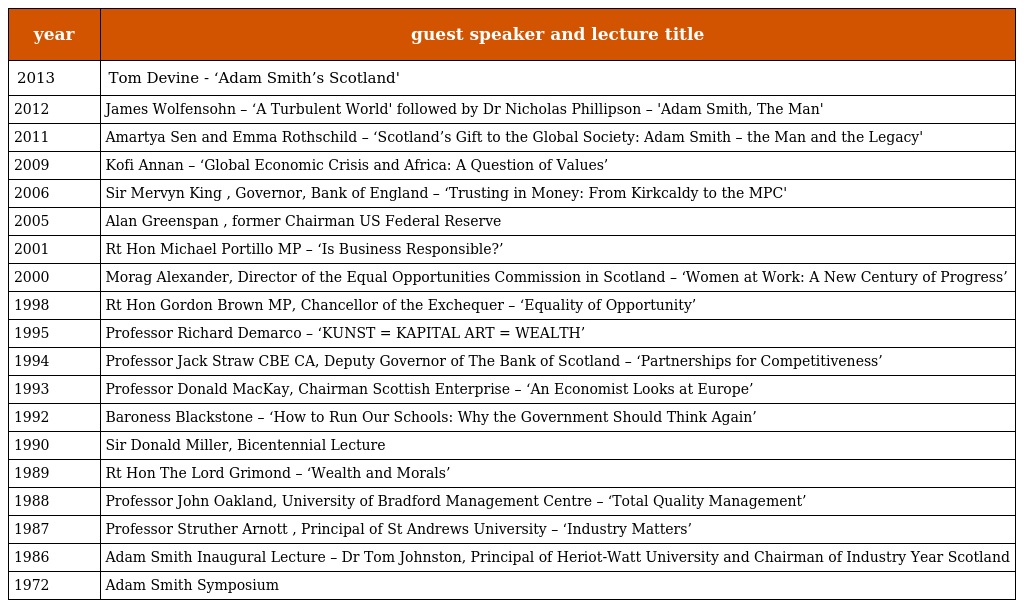
| year | guest speaker and lecture title |
 | --- | --- |
 | 2013 | Tom Devine - ‘Adam Smith’s Scotland' |
 | 2012 | James Wolfensohn – ‘A Turbulent World' followed by Dr Nicholas Phillipson – 'Adam Smith, The Man' |
 | 2011 | Amartya Sen and Emma Rothschild – ‘Scotland’s Gift to the Global Society: Adam Smith – the Man and the Legacy' |
 | 2009 | Kofi Annan – ‘Global Economic Crisis and Africa: A Question of Values’ |
 | 2006 | Sir Mervyn King , Governor, Bank of England – ‘Trusting in Money: From Kirkcaldy to the MPC' |
 | 2005 | Alan Greenspan , former Chairman US Federal Reserve |
 | 2001 | Rt Hon Michael Portillo MP – ‘Is Business Responsible?’ |
 | 2000 | Morag Alexander, Director of the Equal Opportunities Commission in Scotland – ‘Women at Work: A New Century of Progress’ |
 | 1998 | Rt Hon Gordon Brown MP, Chancellor of the Exchequer – ‘Equality of Opportunity’ |
 | 1995 | Professor Richard Demarco – ‘KUNST = KAPITAL ART = WEALTH’ |
 | 1994 | Professor Jack Straw CBE CA, Deputy Governor of The Bank of Scotland – ‘Partnerships for Competitiveness’ |
 | 1993 | Professor Donald MacKay, Chairman Scottish Enterprise – ‘An Economist Looks at Europe’ |
 | 1992 | Baroness Blackstone – ‘How to Run Our Schools: Why the Government Should Think Again’ |
 | 1990 | Sir Donald Miller, Bicentennial Lecture |
 | 1989 | Rt Hon The Lord Grimond – ‘Wealth and Morals’ |
 | 1988 | Professor John Oakland, University of Bradford Management Centre – ‘Total Quality Management’ |
 | 1987 | Professor Struther Arnott , Principal of St Andrews University – ‘Industry Matters’ |
 | 1986 | Adam Smith Inaugural Lecture – Dr Tom Johnston, Principal of Heriot-Watt University and Chairman of Industry Year Scotland |
 | 1972 | Adam Smith Symposium |